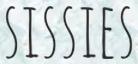
SISSIES